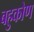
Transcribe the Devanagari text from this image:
बहुकोण